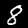
Label: 8